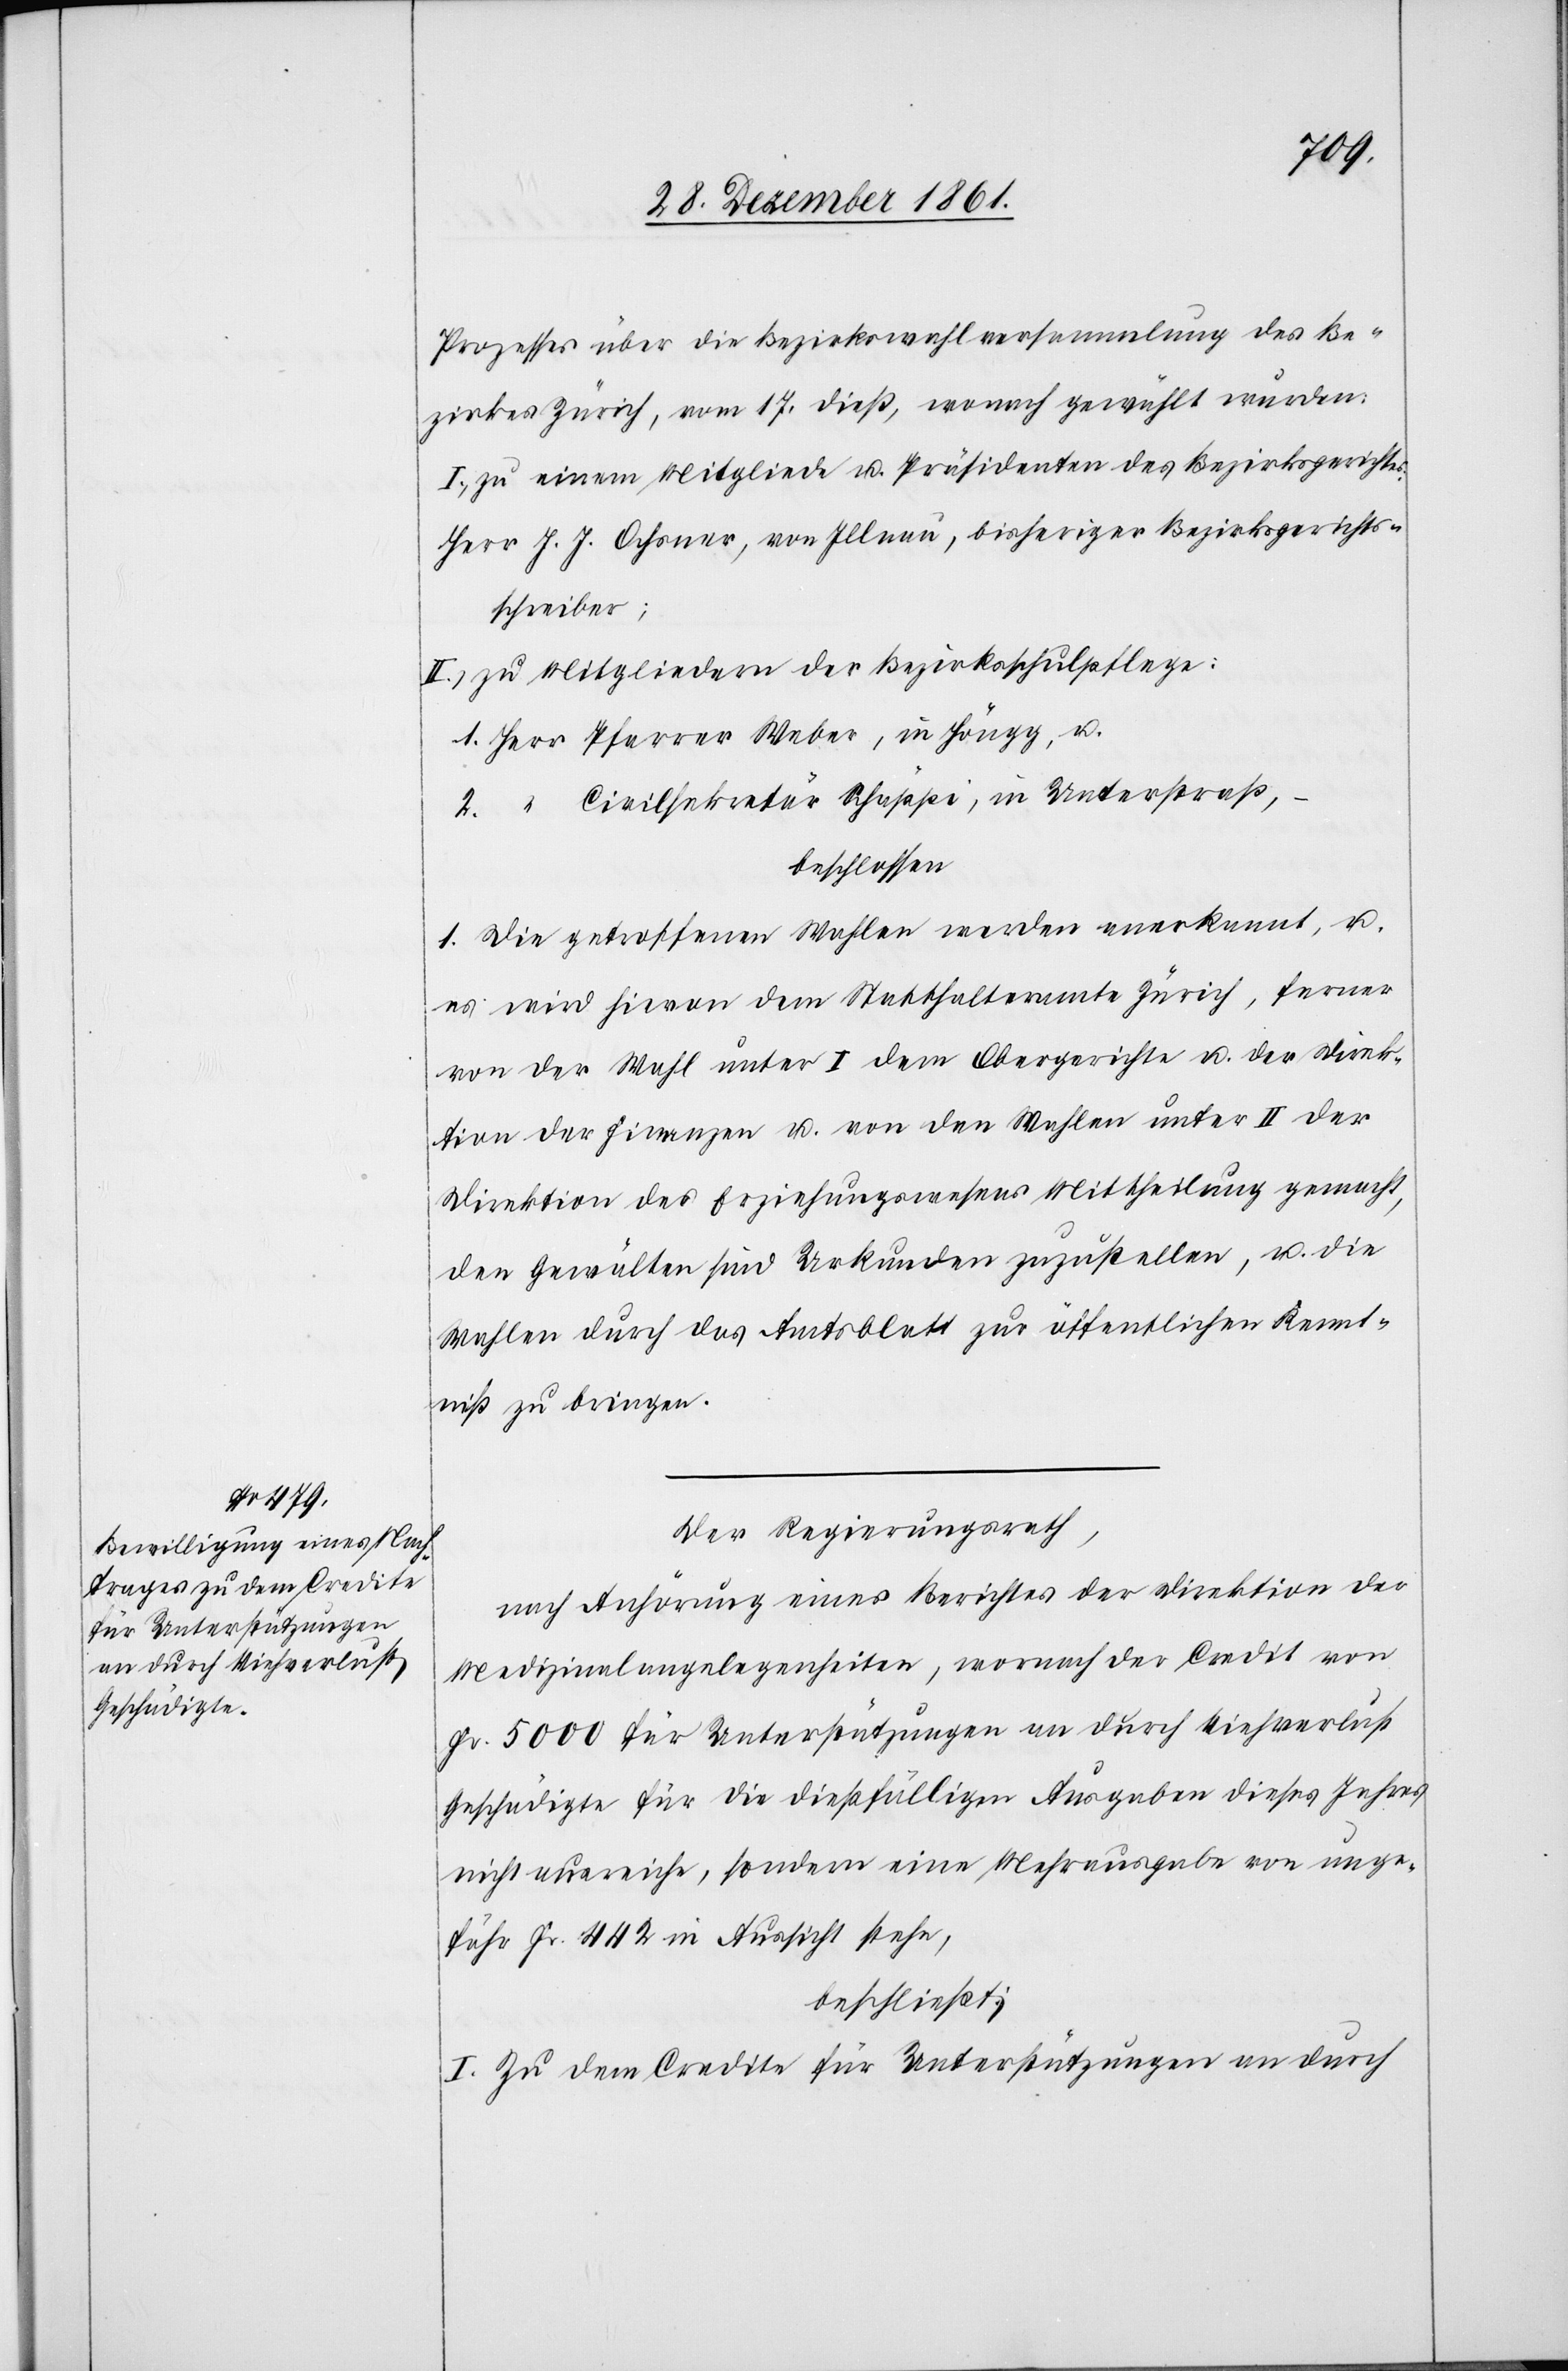
Prozesses über die Bezirkswahlversammlung des Be¬
zirkes Zürich, vom 17 dieß, wonach gewählt wurden:
I. zu einem Mitgliede u. Präsidenten des Bezirksgerichtes.
Herr J. J. Ochsner, von Illnau, bisherigen Bezirksgerichts¬
schreiber;
II. zu Mitgliedern der Bezirksschulpflege:
1. Herr Pfarrer Weber, in Höngg, u.
2. “ Civilsekretär Schäppli, in Unterstraß,
beschlossen:
1. Die getroffenen Wahlen werden anerkannt, u.
es wird hievon dem Statthalteramte Zürich, ferner
von der Wahl unter I dem Obergerichte u. der Direk¬
tion der Finanzen u. von den Wahlen unter II der
Direktion des Erziehungswesens Mittheilung gemacht,
den Gewälten sind Urkunden zuzustellen, u. die
Wahlen durch das Amtsblatt zur öffentlichen Kennt¬
niß zu bringen.
Der Regierungsrath,
nach Anhörung eines Berichtes der Direktion der
Medizinalangelegenheiten, wonach der Credit von
Fr. 5000 für Unterstützungen an durch Viehverlust
Geschädigte für die dießfälligen Ausgaben dieses Jahres
nicht ausreiche, sondern eine Mehrausgabe von unge¬
fähr Fr. 442 in Aussicht stehe,
beschließt:
I. Zu dem Credite für Unterstützungen an durch